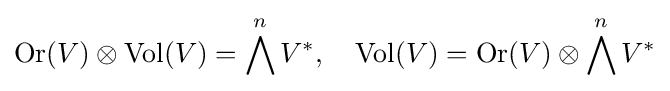
\operatorname {Or} (V)\otimes \operatorname {Vol} (V)=\bigwedge ^{n}V^{*},\quad \operatorname {Vol} (V)=\operatorname {Or} (V)\otimes \bigwedge ^{n}V^{*}